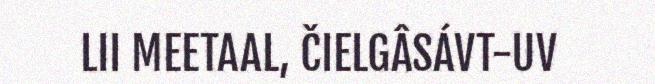
LII MEETAAL, ČIELGÂSÁVT-UV